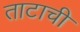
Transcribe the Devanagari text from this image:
ताटाची